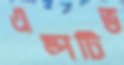
এম্পটিভ